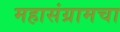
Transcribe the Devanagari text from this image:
महासंग्रामचा